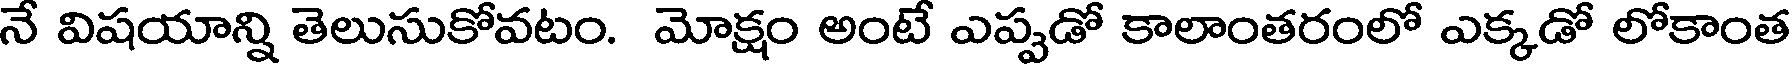
నే విషయాన్ని తెలుసుకోవటం. మోక్షం అంటే ఎప్పడో కాలాంతరంలో ఎక్కడో లోకాంత